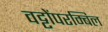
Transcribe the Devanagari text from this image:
वट्टोंपरम्बिल